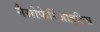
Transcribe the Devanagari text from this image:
नैसोफेरिंजाइटिस